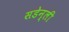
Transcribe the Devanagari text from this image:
सडेन्ली